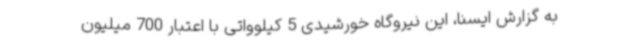
به گزارش ایسنا، این نیروگاه خورشیدی 5 کیلوواتی با اعتبار 700 میلیون